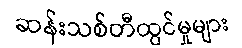
ဆန်းသစ်တီထွင်မှုများ